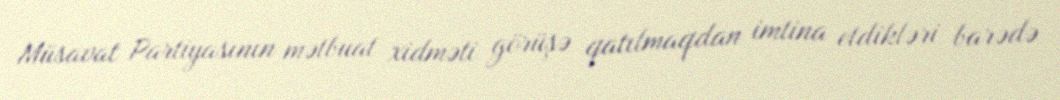
Müsavat Partiyasının mətbuat xidməti görüşə qatılmaqdan imtina etdikləri barədə